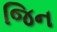
જિન